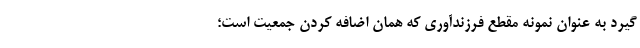
گیرد به عنوان نمونه مقطع فرزندآوری که همان اضافه کردن جمعیت است؛